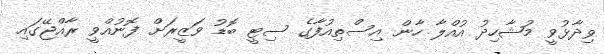
ވިދާޅުވީ މުޝާހިދު އުއްލާ ހާން އިސްތިއުފާގެ ސިޓީ ބޮޑު ވަޒީރަށް ފޮނުއްވީ ރާއްޖޭގައި